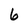
Character: 6